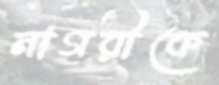
নাগরীকে